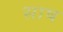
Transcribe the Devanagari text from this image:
साष